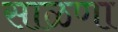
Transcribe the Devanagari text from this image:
साळणा